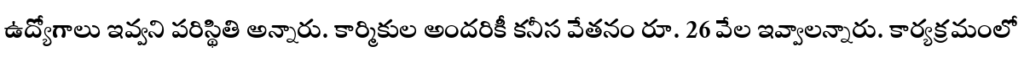
ఉద్యోగాలు ఇవ్వని పరిస్థితి అన్నారు. కార్మికుల అందరికీ కనీస వేతనం రూ. 26 వేల ఇవ్వాలన్నారు. కార్యక్రమంలో